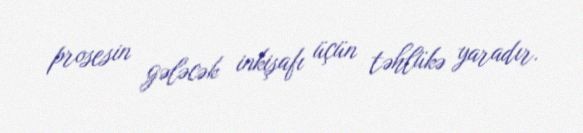
prosesin gələcək inkişafı üçün təhlükə yaradır.